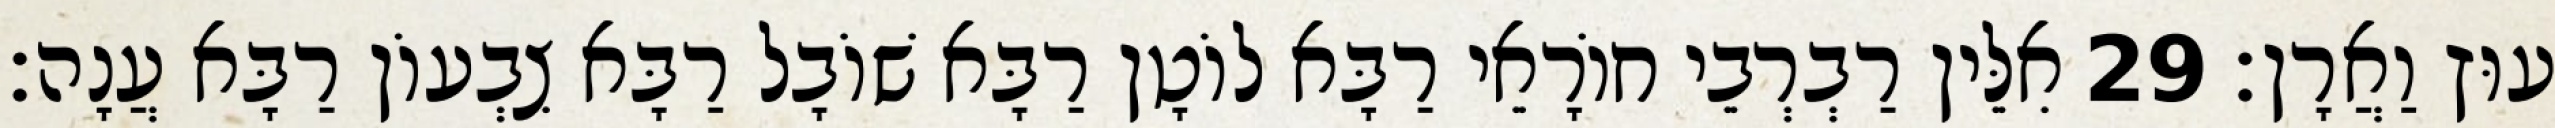
עוּץ וַאֲרָן׃ 29 אִלֵּין רַבְרְבֵי חוֹרָאֵי רַבָּא לוֹטָן רַבָּא שׁוֹבָל רַבָּא צִבְעוֹן רַבָּא עֲנָה׃